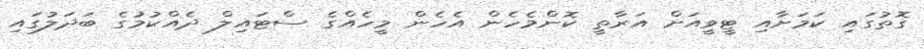
ގޮތުގައި ކަމަށާއި ޓީވީއަށް އަރާތީ ކޮންމެހެން އެހެން މީހެއްގެ ސްޓައިލް ދެއްކުމުގެ ބަދަލުގައި